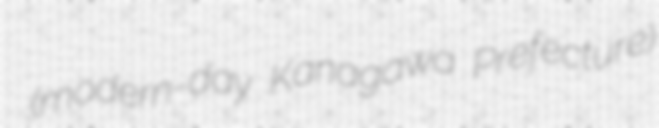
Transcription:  (modern-day Kanagawa Prefecture)